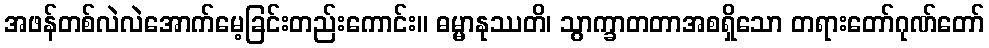
အဖန်တစ်လဲလဲအောက်မေ့ခြင်းတည်းကောင်း။ ဓမ္မာနုဿတိ၊ သွာက္ခာတတာအစရှိသော တရားတော်ဂုဏ်တော်